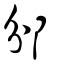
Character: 邠